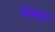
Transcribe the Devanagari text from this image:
वेक्ट्रा